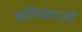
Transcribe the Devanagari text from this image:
ऋषिकाओं